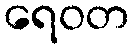
ရေဝတ